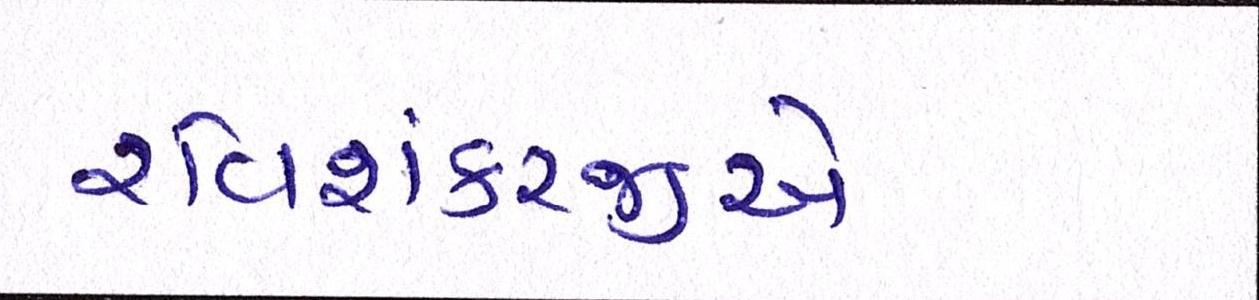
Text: રવિશંકરજીએ